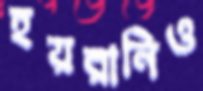
হয়রানিও